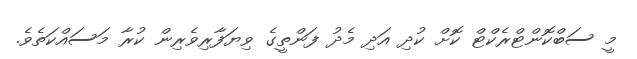
މީ ސަބްކޮންޓްރެކްޓް ކޮށް ކުދި އަދި މެދު ފަންތީގެ ވިޔަފާރިވެރިން ކުރާ މަސައްކަތެވެ.